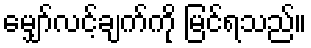
မျှော်လင့်ချက်ကို မြင်ရသည်။